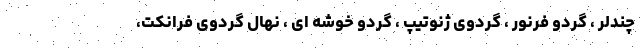
چندلر ، گردو فرنور ، گردوی ژنوتیپ ، گردو خوشه ای ، نهال گردوی فرانکت،